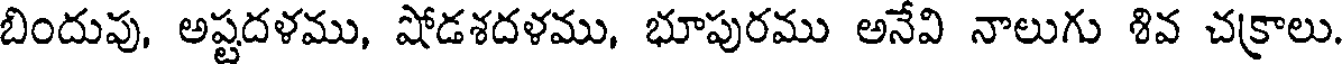
బిందువు, అష్టదళము, షోడశదళము, భూపురము అనేవి నాలుగు శివ చక్రాలు.